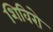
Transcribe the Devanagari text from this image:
शिविरो